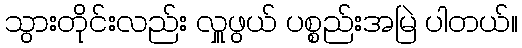
သွားတိုင်းလည်း လှူဖွယ် ပစ္စည်းအမြဲ ပါတယ်။